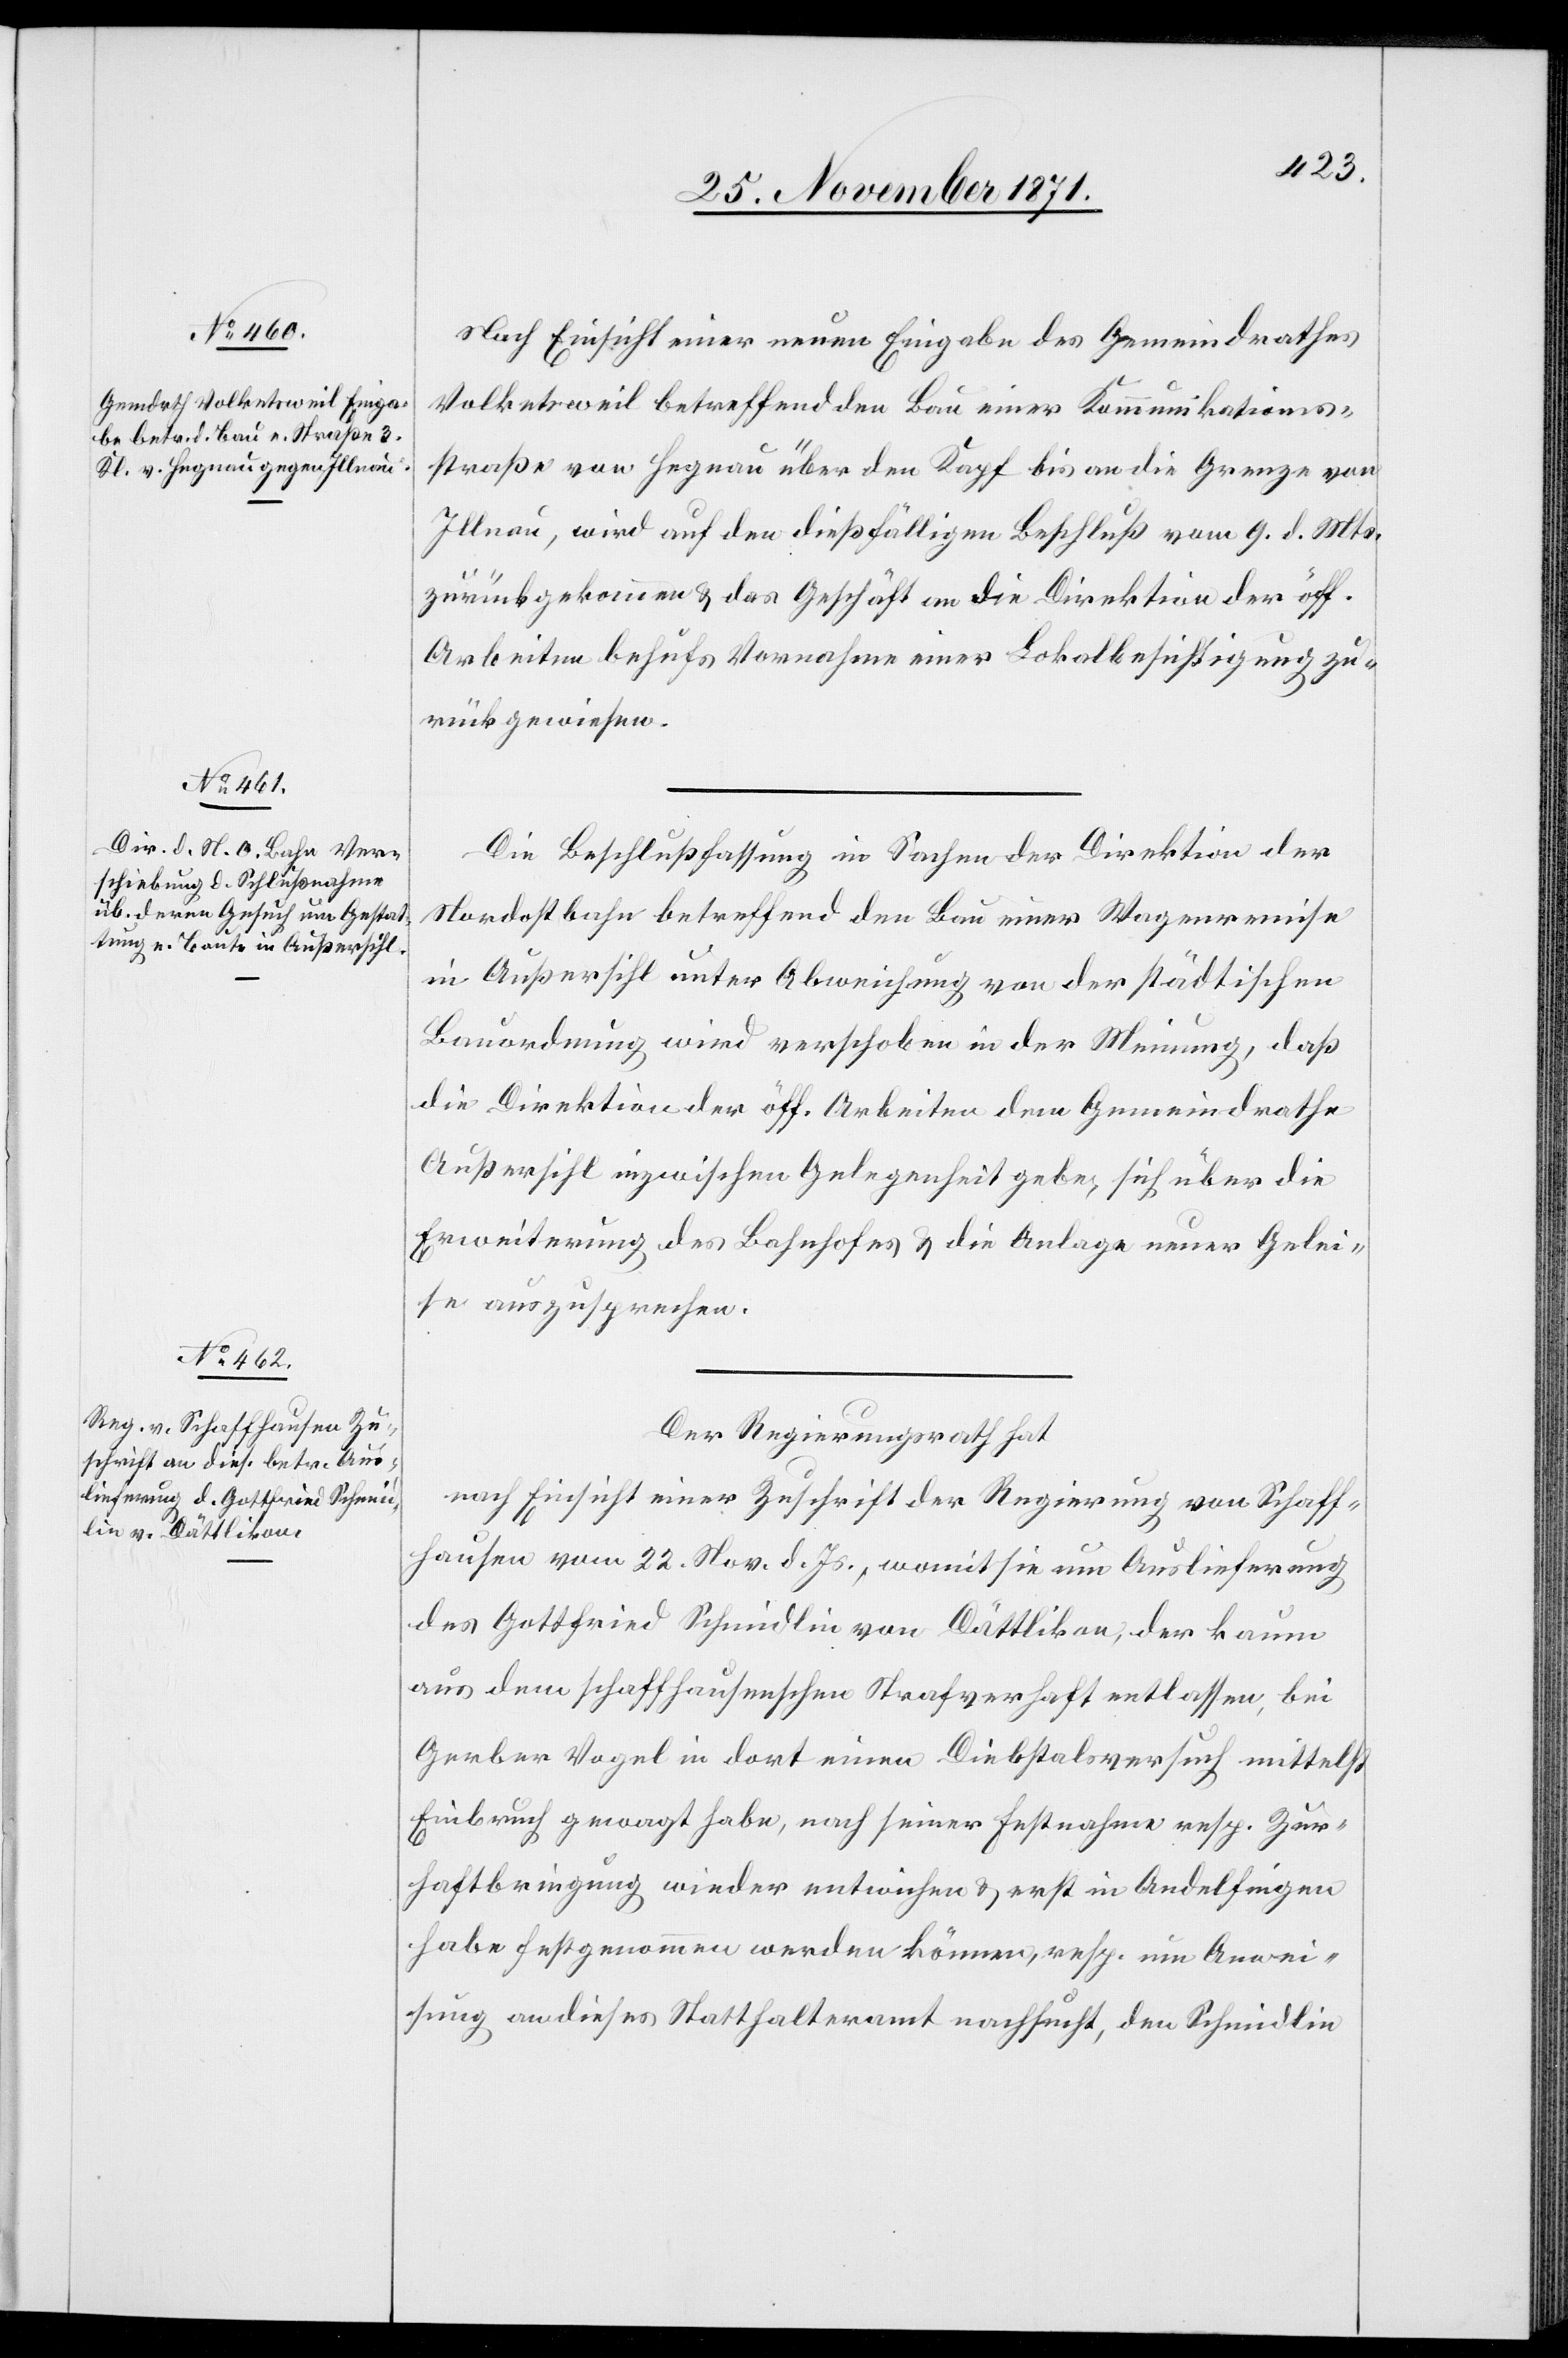
Nach Einsicht einer neuen Eingabe des Gemeindrathes
Volketsweil betreffend den Bau einer Kommunikations¬
straße von Hegnau über den Kapf bis an die Grenze von
Illnau, wird auf den dießfälligen Beschluß vom 9. d. Mts.
zurückgekommen & das Geschäft an die Direktion der öff.
Arbeiten behufs Vornahme einer Lokalbesichtigung zu¬
rückgewiesen.
Die Beschlußfassung in Sachen der Direktion der
Nordostbahn betreffend den Bau einer Wagenremise
in Außersihl unter Abweichung von der städtischen
Bauordnung wird verschoben in der Meinung, daß
die Direktion der öff. Arbeiten dem Gemeindrathe
Außersihl inzwischen Gelegenheit gebe, sich über die
Erweiterung des Bahnhofes & die Anlage neuer Gelei¬
se auszusprechen.
Der Regierungsrath hat
nach Einsicht einer Zuschrift der Regierung von Schaff¬
hausen vom 22. Nov. d. Js., womit sie um Auslieferung
des Gottfried Schmidlin von Dättlikon, der kaum
aus dem schaffhauserschen Staatsverhaft entlassen, bei
Gerber Vogel in dort einen Diebstalsversuch mittelst
Einbruch gewagt habe, nach seiner Festnahme resp. Zu¬
haftbringung wieder entwichen & erst in Andelfingen
habe festgenommen werden können, resp. eine Anwei¬
sung an dieses Statthalteramt nachsucht, den Schmidlin